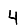
Digit: 4